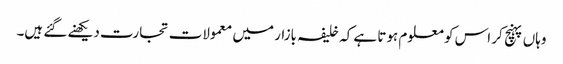
وہاں پہنچ کر اس کو معلوم ہوتا ہے کہ خلیفہ بازار میں معمولات تجارت دیکھنے گئے ہیں۔